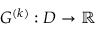
G ^ { ( k ) } : D \to \mathbb { R }